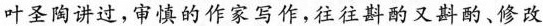
叶圣陶讲过，审慎的作家写作，往往斟酌又斟酌、修改